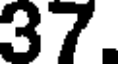
37.